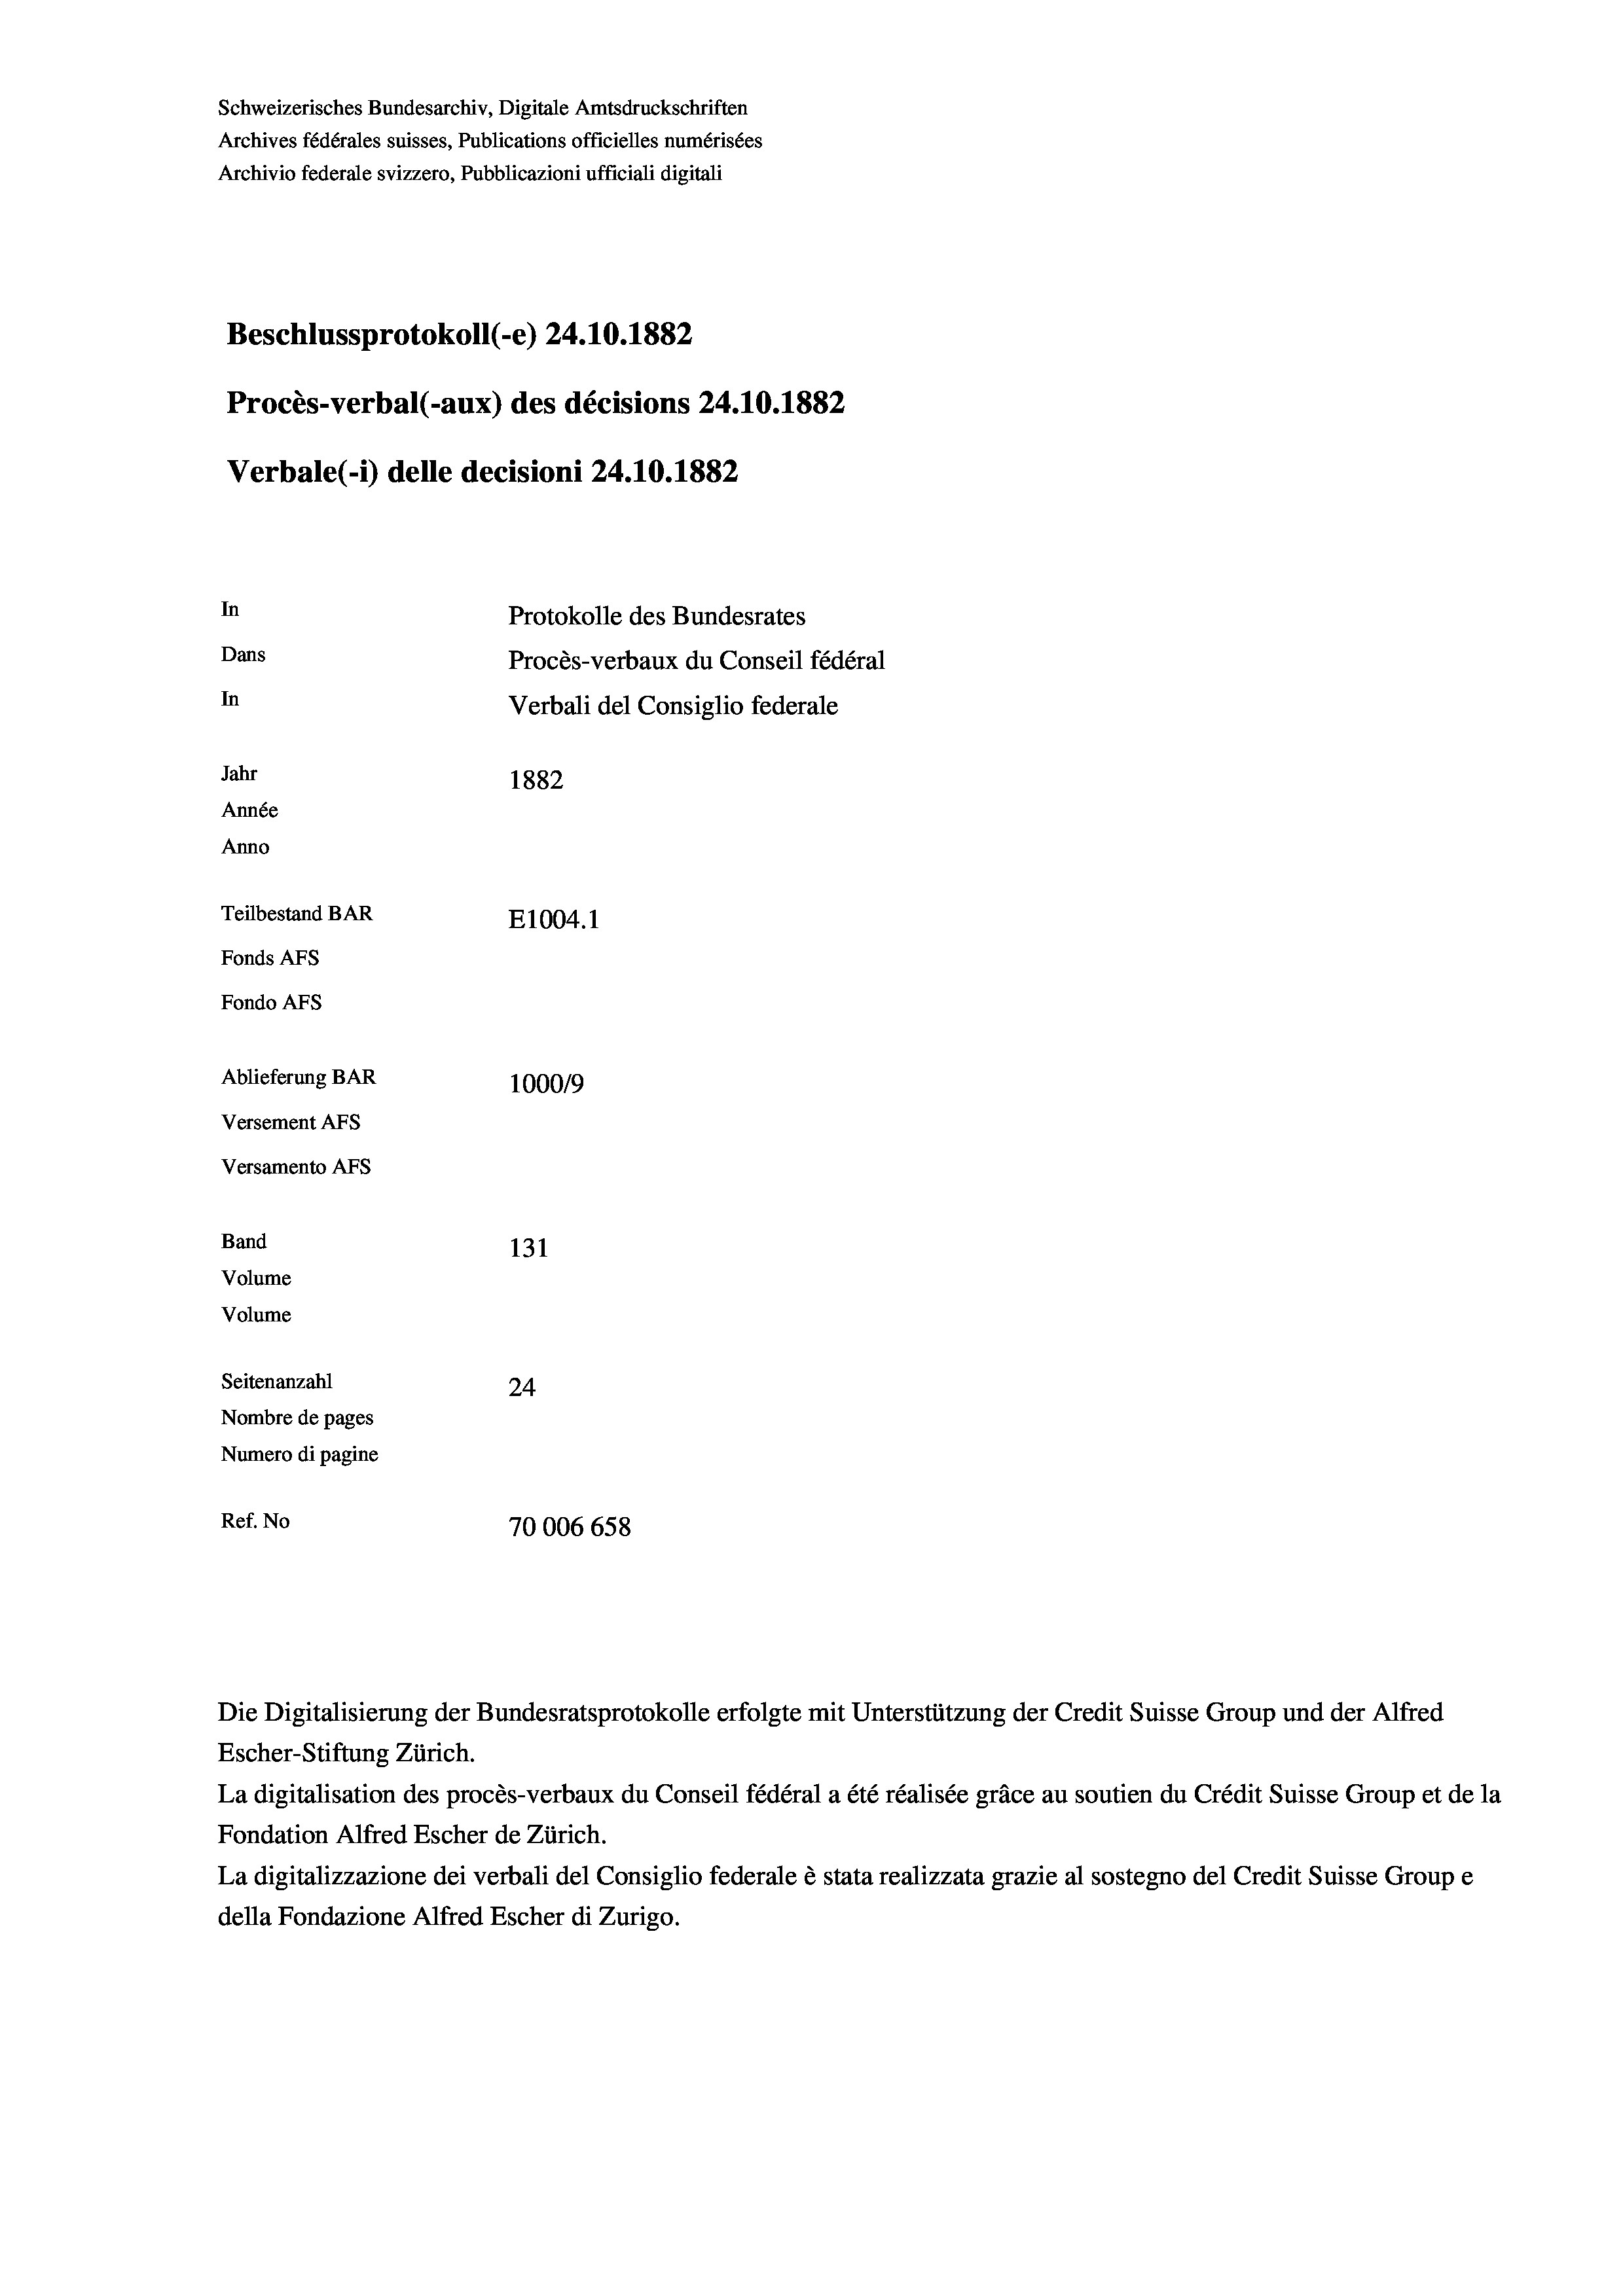
Schweizerisches Bundesarchiv, Digitale Amtsdruckschriften
Archives fédérales suisses, Publications officielles numérisées
Archivio federale svizzero, Pubblicazioni ufficiali digitali
Beschlussprotokoll (-e) 24.10.1882
Procès-verbal (-aux) des décisions 24.10.1882
Verbale (1) delle decisioni 24.10.1882
In
Protokolle des Bundesrates
Dans
In
Verbali del Consiglio federale
Jahr
1882
Année
Anno
Teilbestand BAR
E1004.1
Fonds Afs
Fondo AFs
Ablieferung BAR
1000/9
Versement Abs
Versamento AFs
Band
131
Volume
Volume

Seitenanzahl
24
Nombre de pages
Numero di pagine
Ref. No
70006 658

Procès-verbaux du Conseil fédéral

Die Digitalisierung der Bundesratsprotokolle erfolgte mit Unterstützung der Credit Suisse Group und der Alfred
Escher-Stiftung Zürich.
La digitalisation des procès-verbaux du Conseil fédéral a été réalisée gräce au soutien du Crédit Suisse Group et de la
Fondation Alfred Escher de Zürich.
La digitalizzazione dei verbali del Consiglio federale è stata realizzata grazie al sostegno del Credit Suisse Groupe
della Fondazione Alfred Escher di Zurigo.